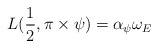
\begin{align*} L(\frac{1}{2}, \pi \times \psi) = \alpha_{\psi} \omega_E \end{align*}